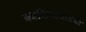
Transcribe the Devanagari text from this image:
काठियावाडची